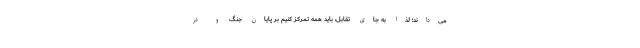
می‌داند؛ لذا به جای تقابل، باید همه تمرکز کنیم بر پایان ‌جنگ و در